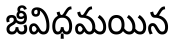
జీవిధమయిన